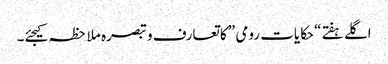
اگلے ہفتے “حکایات رومی ” کا تعارف و تبصرہ ملاحظہ کیجئے۔